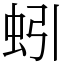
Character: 蚓